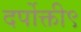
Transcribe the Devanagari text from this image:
दर्पोक्ती९